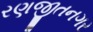
રણજીતનગર